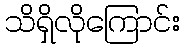
သိရှိလိုကြောင်း